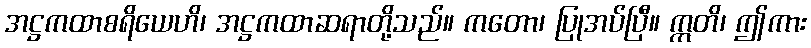
အဋ္ဌကထာစရိယေဟိ၊ အဋ္ဌကထာဆရာတို့သည်။ ကတော၊ ပြုအပ်ပြီ။ ဣတိ၊ ဤကား